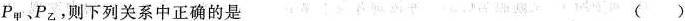
P_{甲}、P_{乙}，则下列关系中正确的是 ( )